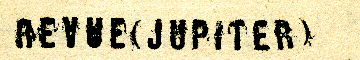
REVUE (JUPITER)